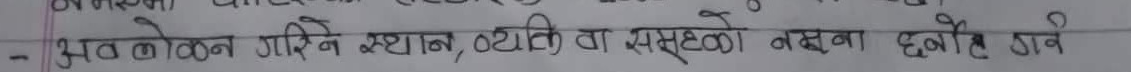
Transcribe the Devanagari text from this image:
अलोकन गरिने स्थान, व्यक्ति वा समुहको नक्सा छनोट गर्ने